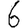
Digit: 6